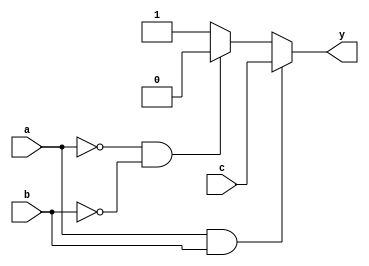
module combinational_logic (
    input wire a,          // Input signal a
    input wire b,          // Input signal b
    input wire c,          // Input signal c
    output reg y          // Output signal y
);

always @(*) begin
    // Logic Implementation
    if (a && b) begin
        y = c;            // If both a and b are high, output c
    end else if (~a && ~b) begin
        y = 1'b0;         // If both a and b are low, output 0
    end else begin
        y = 1'b1;         // For all other cases, output 1
    end
end

endmodule